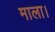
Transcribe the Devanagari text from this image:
माला।